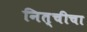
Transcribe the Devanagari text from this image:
नित्चीचा